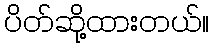
ပိတ်ဆို့ထားတယ်။